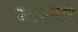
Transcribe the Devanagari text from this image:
उद्गगार